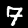
Label: 7